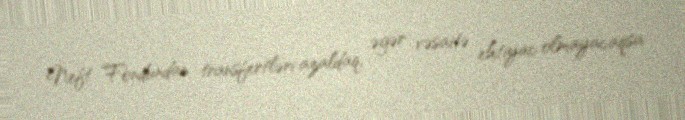
Neft Fondundan transfertləri azaldaq, əgər vəsaitə ehtiyac olmayacaqsa.